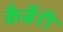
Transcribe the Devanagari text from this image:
कैर्बेरी